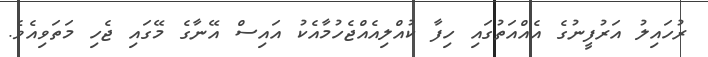
ރުހައިލު އަރުފީނުގެ އެއްއަތުގައި ހިފާ ކުއްލިއެއްޖެހުމާއެކު އައިސް އޭނާގެ މޭގައި ޖެހި މަތަވިއެވެ.